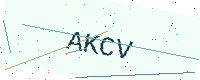
Text: AKCV